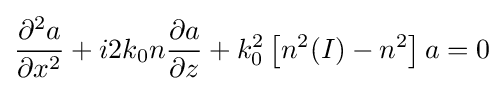
{\frac {\partial ^{2}a}{\partial x^{2}}}+i2k_{0}n{\frac {\partial a}{\partial z}}+k_{0}^{2}\left[n^{2}(I)-n^{2}\right]a=0